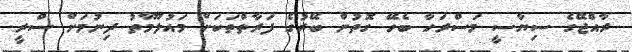
ރާއްޖޭގެ ސިޔާސީ މަސްރަހާ ބެހޭ ގޮތުން ބޭރުގެ ފަރާތްތަކަށް މައުލޫމާތު ދިނުމަށް ސްރީ